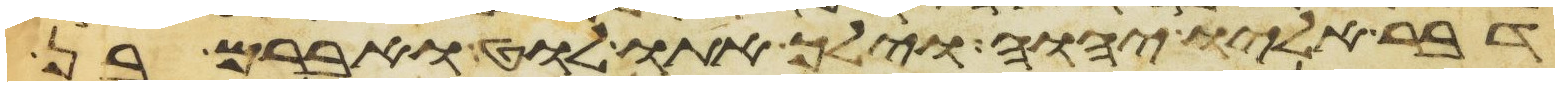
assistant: דבר אליו יהוה וילך אתו לוט ואברם בן